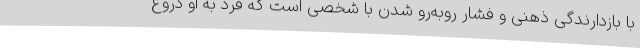
با بازدارندگی ذهنی و فشار روبه‌رو شدن با شخصی است که فرد به او دروغ